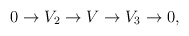
\begin{align*}0 \to V_2 \to V \to V_3 \to 0 ,\end{align*}